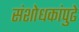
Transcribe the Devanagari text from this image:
संशोधकांपुढे